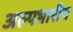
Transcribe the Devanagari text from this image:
अल्पभारीय